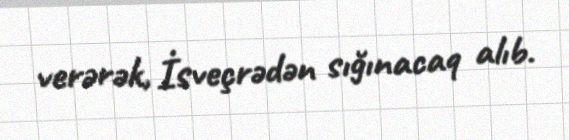
verərək, İsveçrədən sığınacaq alıb.